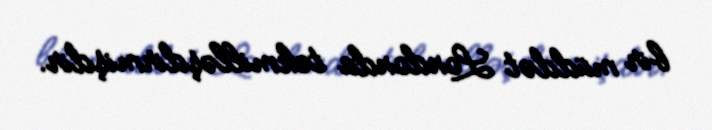
bir müddət Londonda təkmilləşdirmişdir.